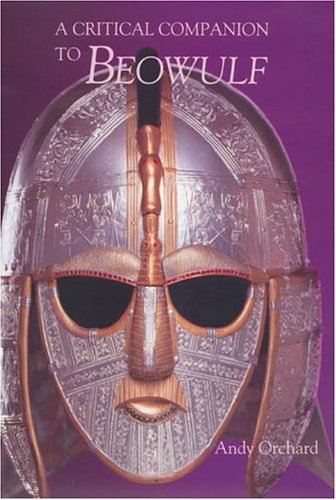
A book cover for A Critical Companion to Beowulf; Andy Orchard; Literature & Fiction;